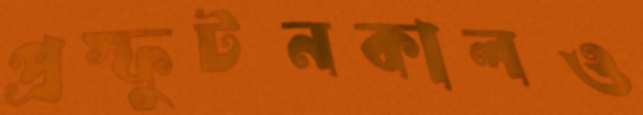
প্রস্ফুটনকালও